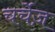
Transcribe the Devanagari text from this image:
चर्चेज़